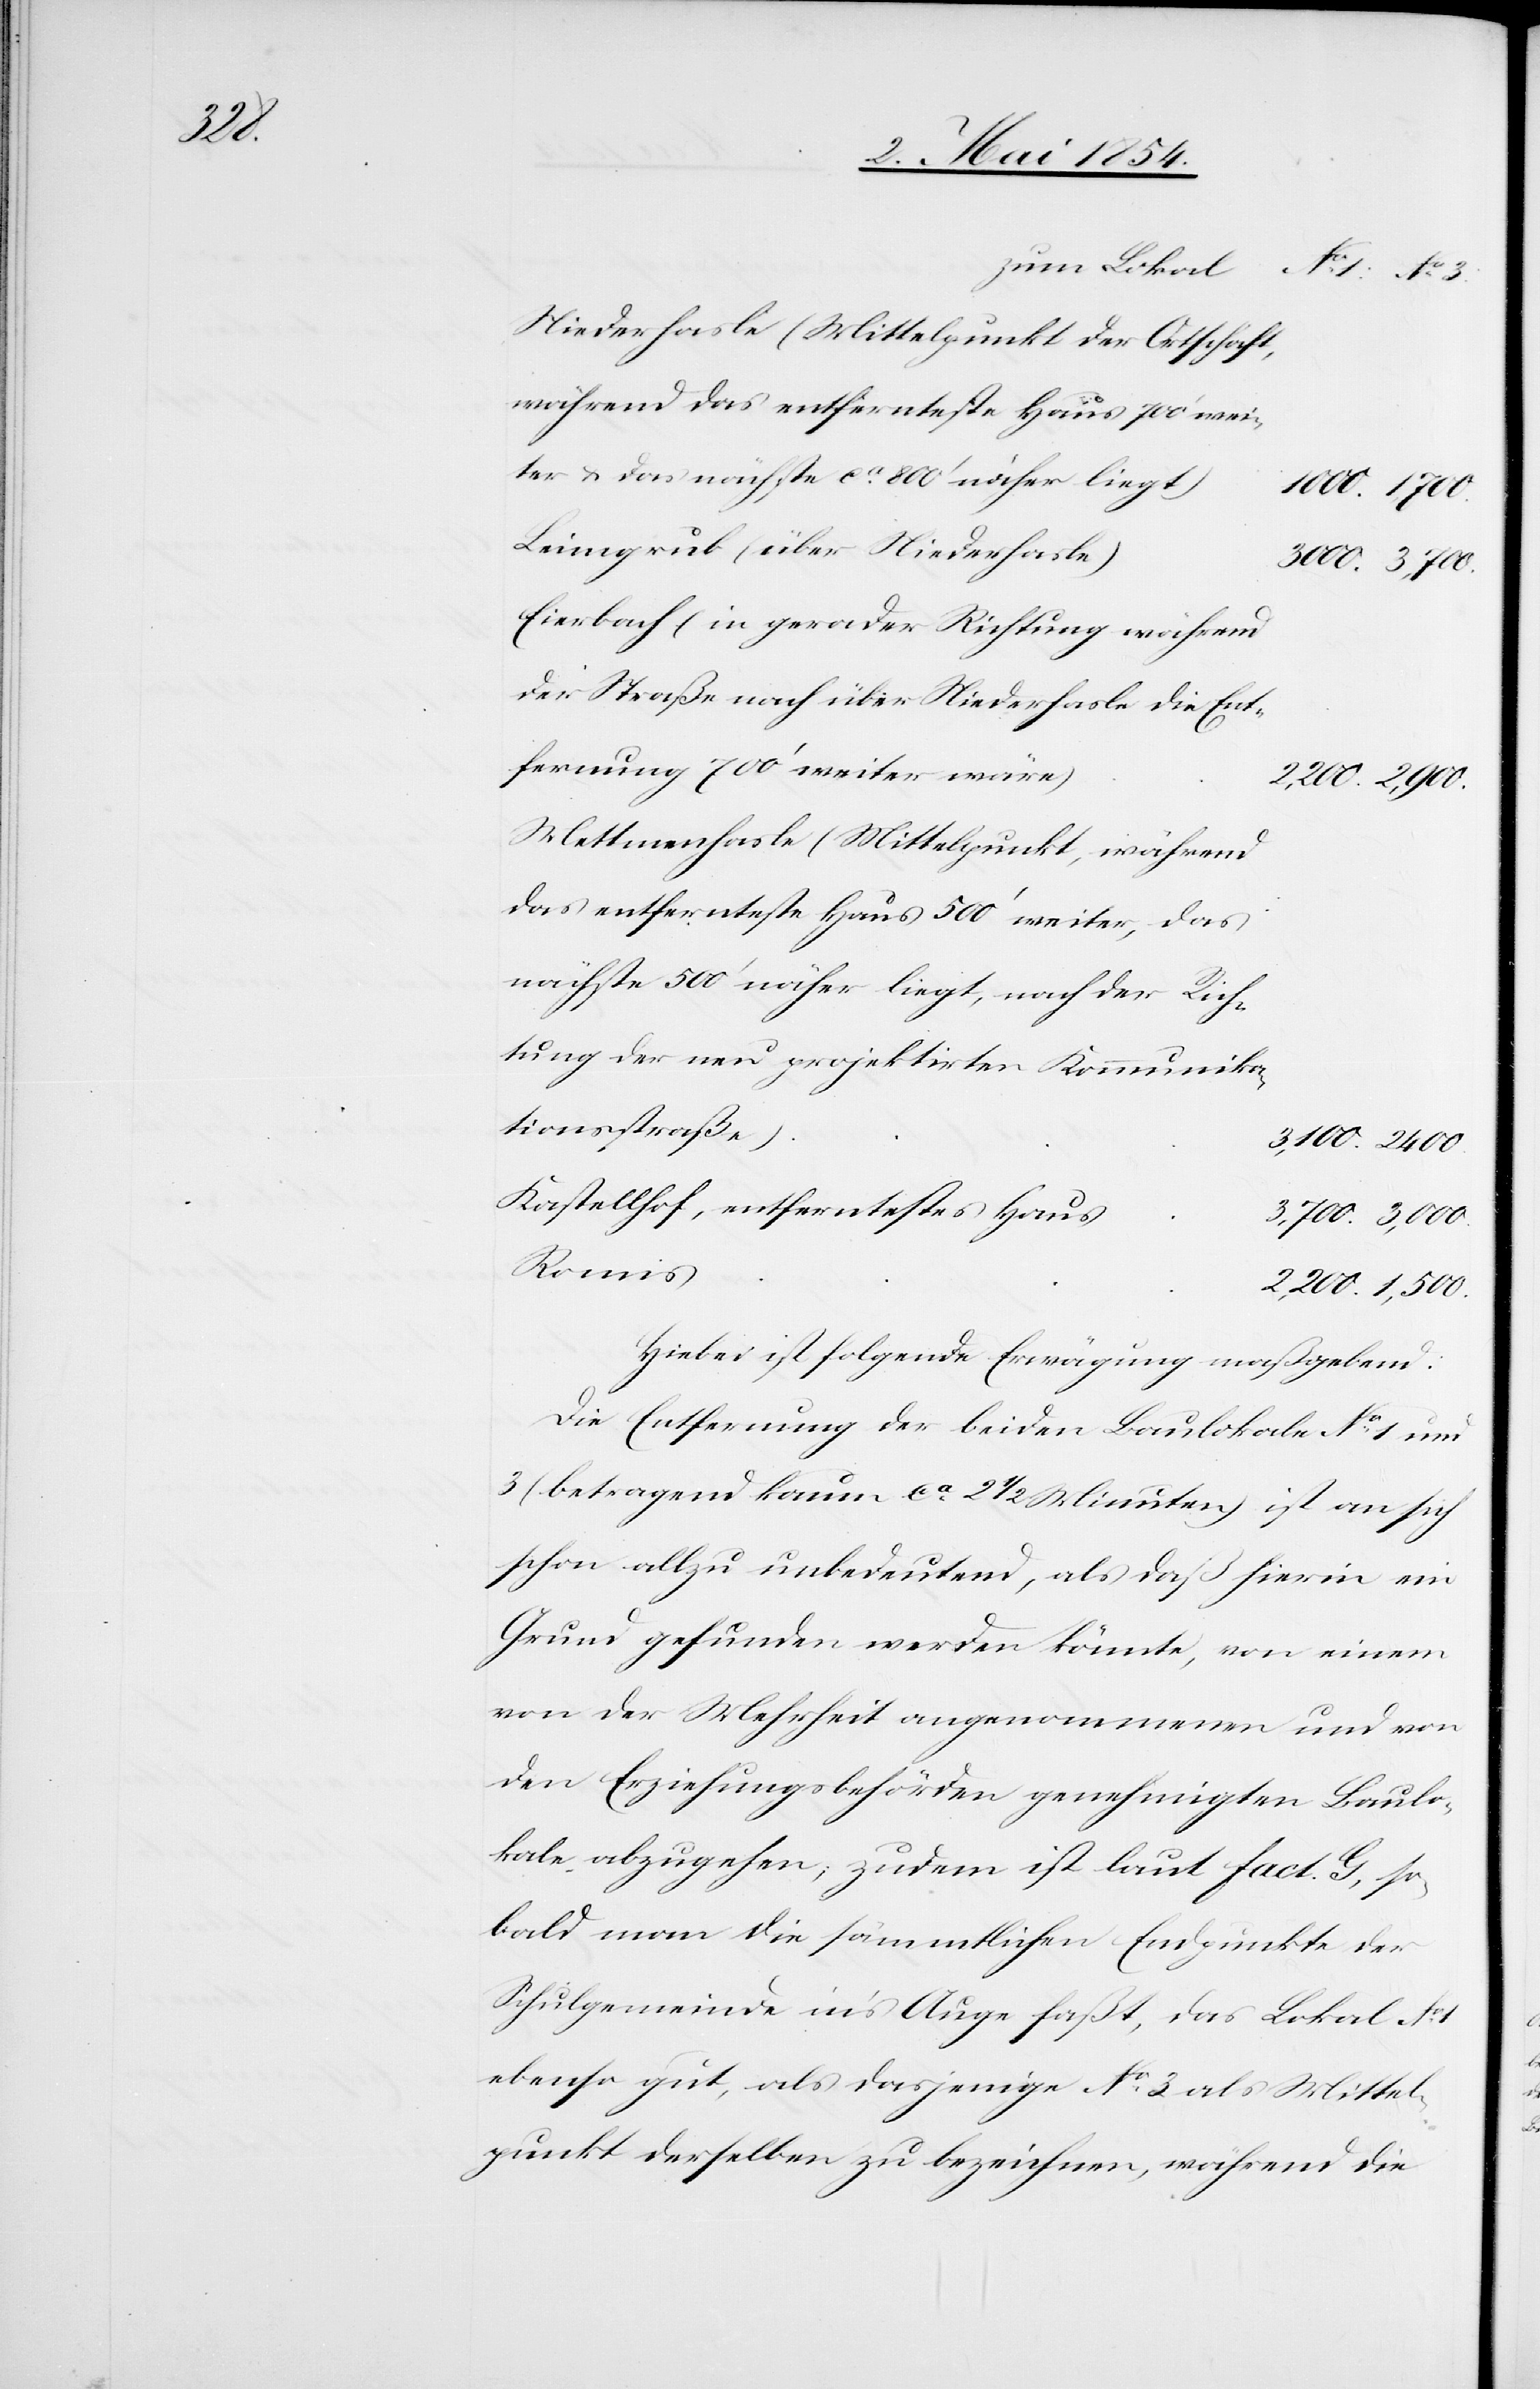
2,200.

zum Lokal
No 3
Niederhasle (Mittelpunkt der Ortschaft,
während das entfernteste Haus 700‘ wei¬
ter u. das nächste ca 800‘ näher liegt)
Leimbgrub (über Niederhasle)
Eierbach (in gerade Richtung während
der Straße nach über Niederhasle die Ent¬
fernung 700‘ weiter wäre)
Mettmenhasle (Mittelpunkt, während
das entfernteste Haus 500‘ weiter, das
nächste 500‘ näher liegt, nach der Rich¬
tung der neu projektirten Kommunika¬
tionsstraße).
Kastellhof, entferntestes Haus
Hiebei ist folgende Erwägung maßgebend:
Die Entfernung der beiden Baulokale No 1 und
3 (betragend kaum ca 21/2 Minuten) ist an sich
schon allzu unbedeutend, als daß hierin ein
Grund gefunden werden könnte, von einem
von der Mehrheit angenommenen und von
den Erziehungsbehörden genehmigten Baulo¬
kale abzugehen; zudem ist laut fact. G, so¬
bald man die sämmtlichen Endpunkte der
Schulgemeinde in’s Auge faßt, das Lokal No 1
ebenso gut, als dasjenige No 3 als Mittel¬
punkt derselben zu bezeichnen, während die